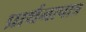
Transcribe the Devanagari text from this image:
प्रार्थनापात्र